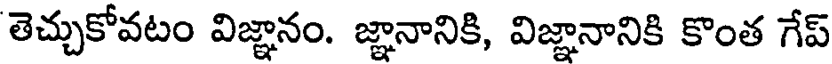
తెచ్చుకోవటం విజ్ఞానం. జ్ఞానానికి, విజ్ఞానానికి కొంత గేప్